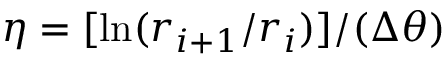
\eta = [ \ln ( r _ { i + 1 } / r _ { i } ) ] / ( \Delta \theta )